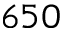
6 5 0